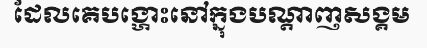
ដែលគេបង្ហោះនៅក្នុងបណ្តាញសង្គម